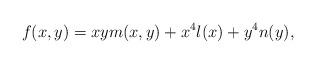
LaTeX: \begin{align*} f(x,y)=xym(x,y)+x^4l(x)+y^4n(y), \end{align*}